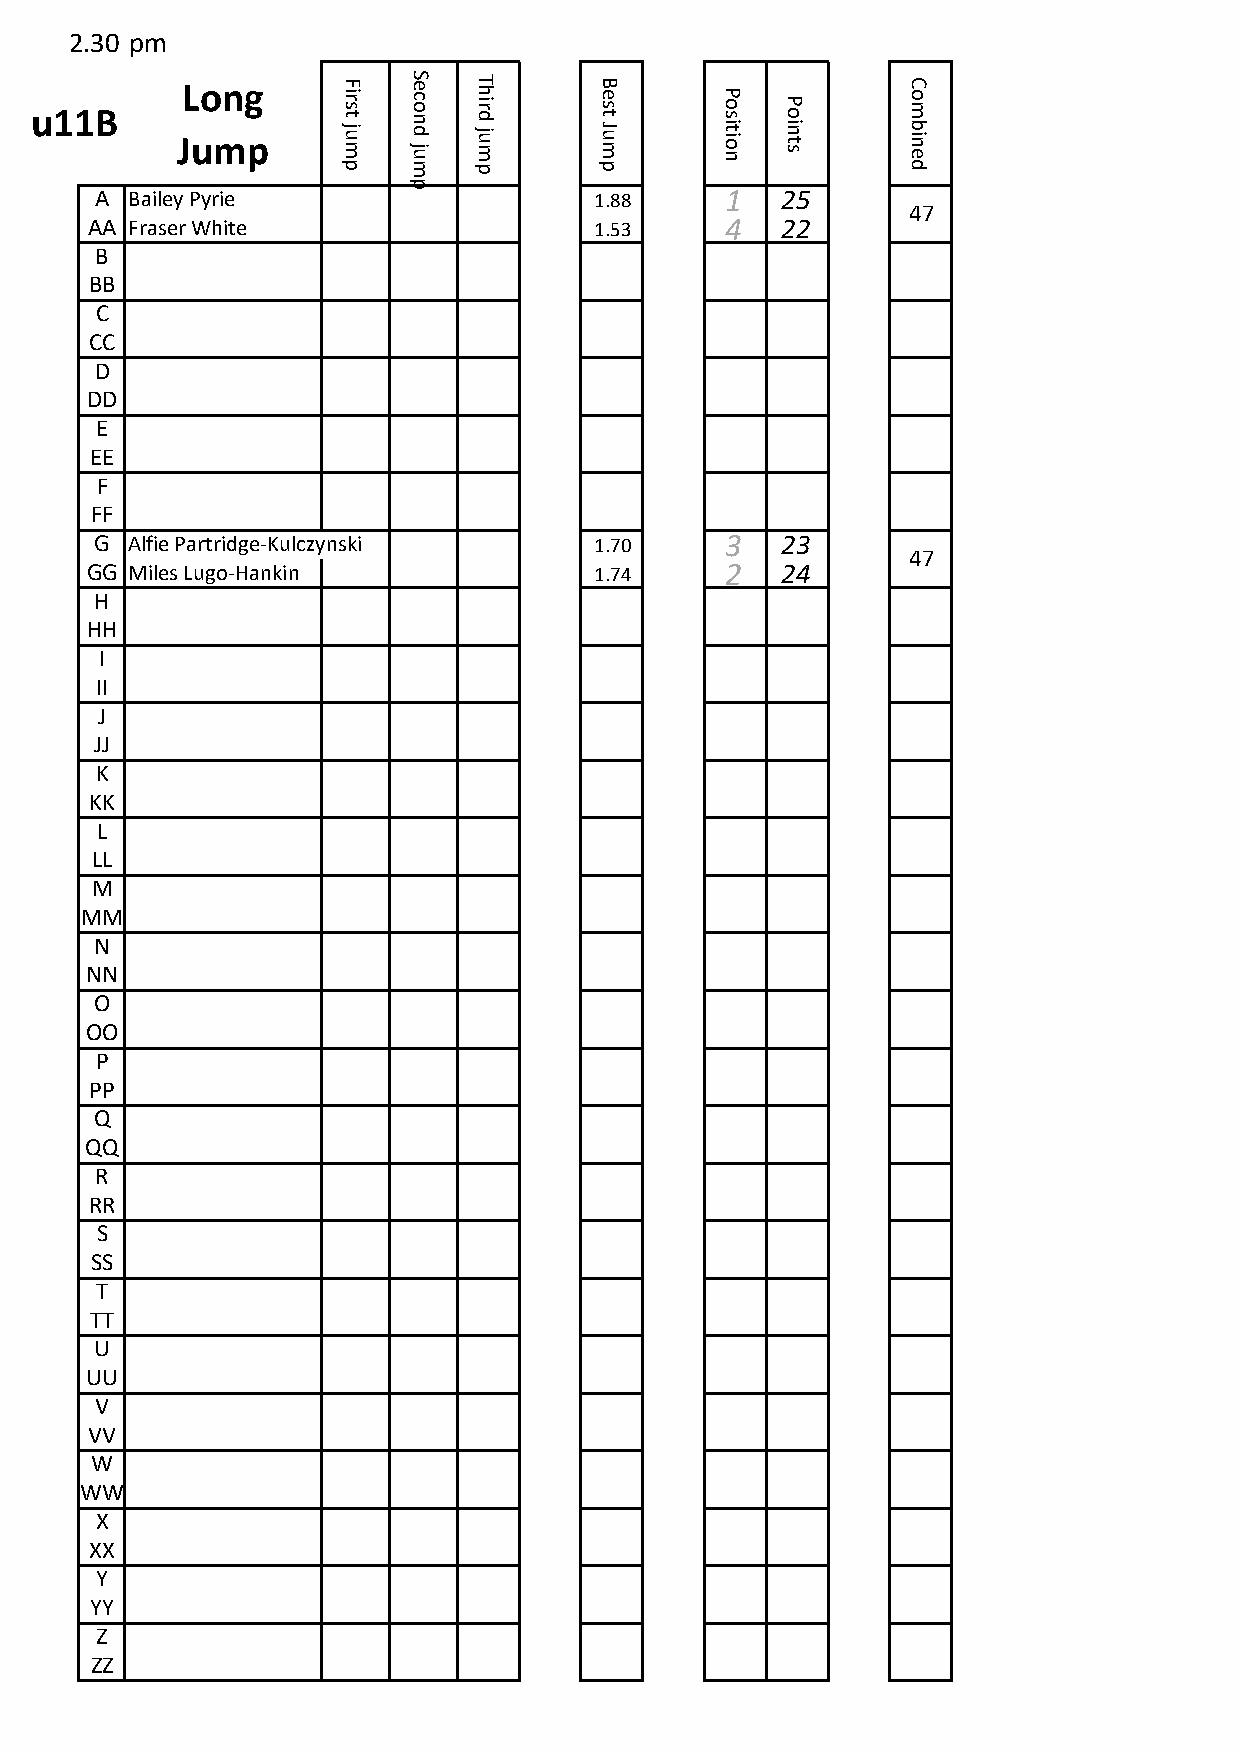
2.30 pm
 u11B      JL uo mng p F ir s t ju m S e c o n d ju T h ir d ju m B e s t J u m P o s it io n P o in t s C o m b in e
 p   m   p       p                    d
 p
 A Bailey Pyrie                   1.88     1   25
 47
 AA Fraser White                  1.53     4   22
 B
 BB
 C
 CC
 D
 DD
 E
 EE
 F
 FF
 G Alfie Partridge-Kulczynski     1.70     3   23
 47
 GG Miles Lugo-Hankin             1.74     2   24
 H
 HH
 I
 II
 J
 JJ
 K
 KK
 L
 LL
 M
 MM
 N
 NN
 O
 OO
 P
 PP
 Q
 QQ
 R
 RR
 S
 SS
 T
 TT
 U
 UU
 V
 VV
 W
 WW
 X
 XX
 Y
 YY
 Z
 ZZ